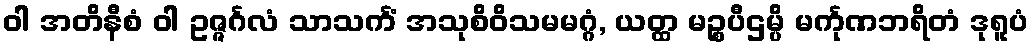
ဝါ အတိနီစံ ဝါ ဥဇ္ဇင်္ဂလံ သာသင်္ကံ အသုစိဝိသမမဂ္ဂံ, ယတ္ထ မဉ္စပီဌမ္ပိ မင်္ကုဏဘရိတံ ဒုရူပံ